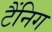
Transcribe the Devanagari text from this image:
टैंनिग